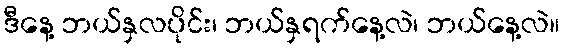
ဒီနေ့ ဘယ်နှလပိုင်း၊ ဘယ်နှရက်နေ့လဲ၊ ဘယ်နေ့လဲ။